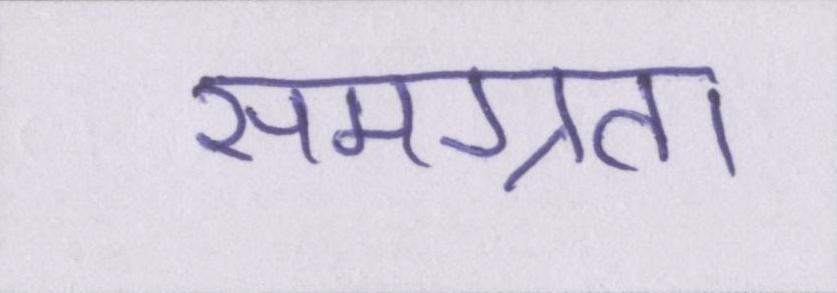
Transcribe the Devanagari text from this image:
समग्रता